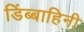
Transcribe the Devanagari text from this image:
डिंब्बाहिनी